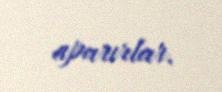
aparırlar.